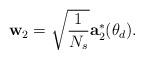
LaTeX: \begin{align*} \mathbf{w}_2=\sqrt{\frac{1}{N_s}}\textbf{a}_2^*(\theta_d).\end{align*}